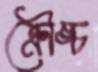
ক্রৌঙ্চ